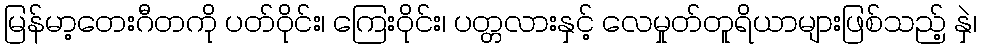
မြန်မာ့တေးဂီတကို ပတ်ဝိုင်း၊ ကြေးဝိုင်း၊ ပတ္တလားနှင့် လေမှုတ်တူရိယာများဖြစ်သည့် နှဲ၊